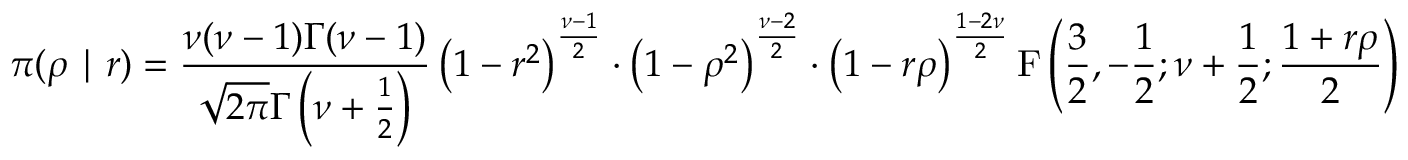
\pi ( \rho \mid r ) = { \frac { \nu ( \nu - 1 ) \Gamma ( \nu - 1 ) } { { \sqrt { 2 \pi } } \Gamma \left( \nu + { \frac { 1 } { 2 } } \right) } } \left( 1 - r ^ { 2 } \right) ^ { \frac { \nu - 1 } { 2 } } \cdot \left( 1 - \rho ^ { 2 } \right) ^ { \frac { \nu - 2 } { 2 } } \cdot \left( 1 - r \rho \right) ^ { \frac { 1 - 2 \nu } { 2 } } \operatorname { F } \left( { \frac { 3 } { 2 } } , - { \frac { 1 } { 2 } } ; \nu + { \frac { 1 } { 2 } } ; { \frac { 1 + r \rho } { 2 } } \right)